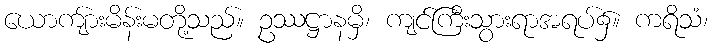
ယောကျ်ားမိန်းမတို့သည်။ ဥဿဋ္ဌာနမှိ၊ ကျင်ကြီးသွားရာအရပ်၌။ ကရိသံ၊